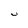
Character: U